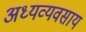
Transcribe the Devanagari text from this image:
अध्यव्यवसाय